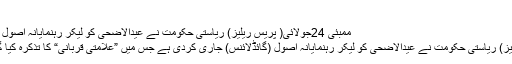
مولانا حلیم اللہ قاسمی
ممبئی 24جولائی( پریس ریلیز) ریاستی حکومت نے عیدالاضحی کو لیکر رہنمایانہ اصول (گائڈلائنس) جاری کردی ...
ممبئی 24جولائی( پریس ریلیز) ریاستی حکومت نے عیدالاضحی کو لیکر رہنمایانہ اصول (گائڈلائنس) جاری کردی ہے جس میں ”علامتی قربانی“ کا تذکرہ کیا گیا ہے اس کا مطلب کیا ہے؟